Palivere_vallavalitsus, lk 12
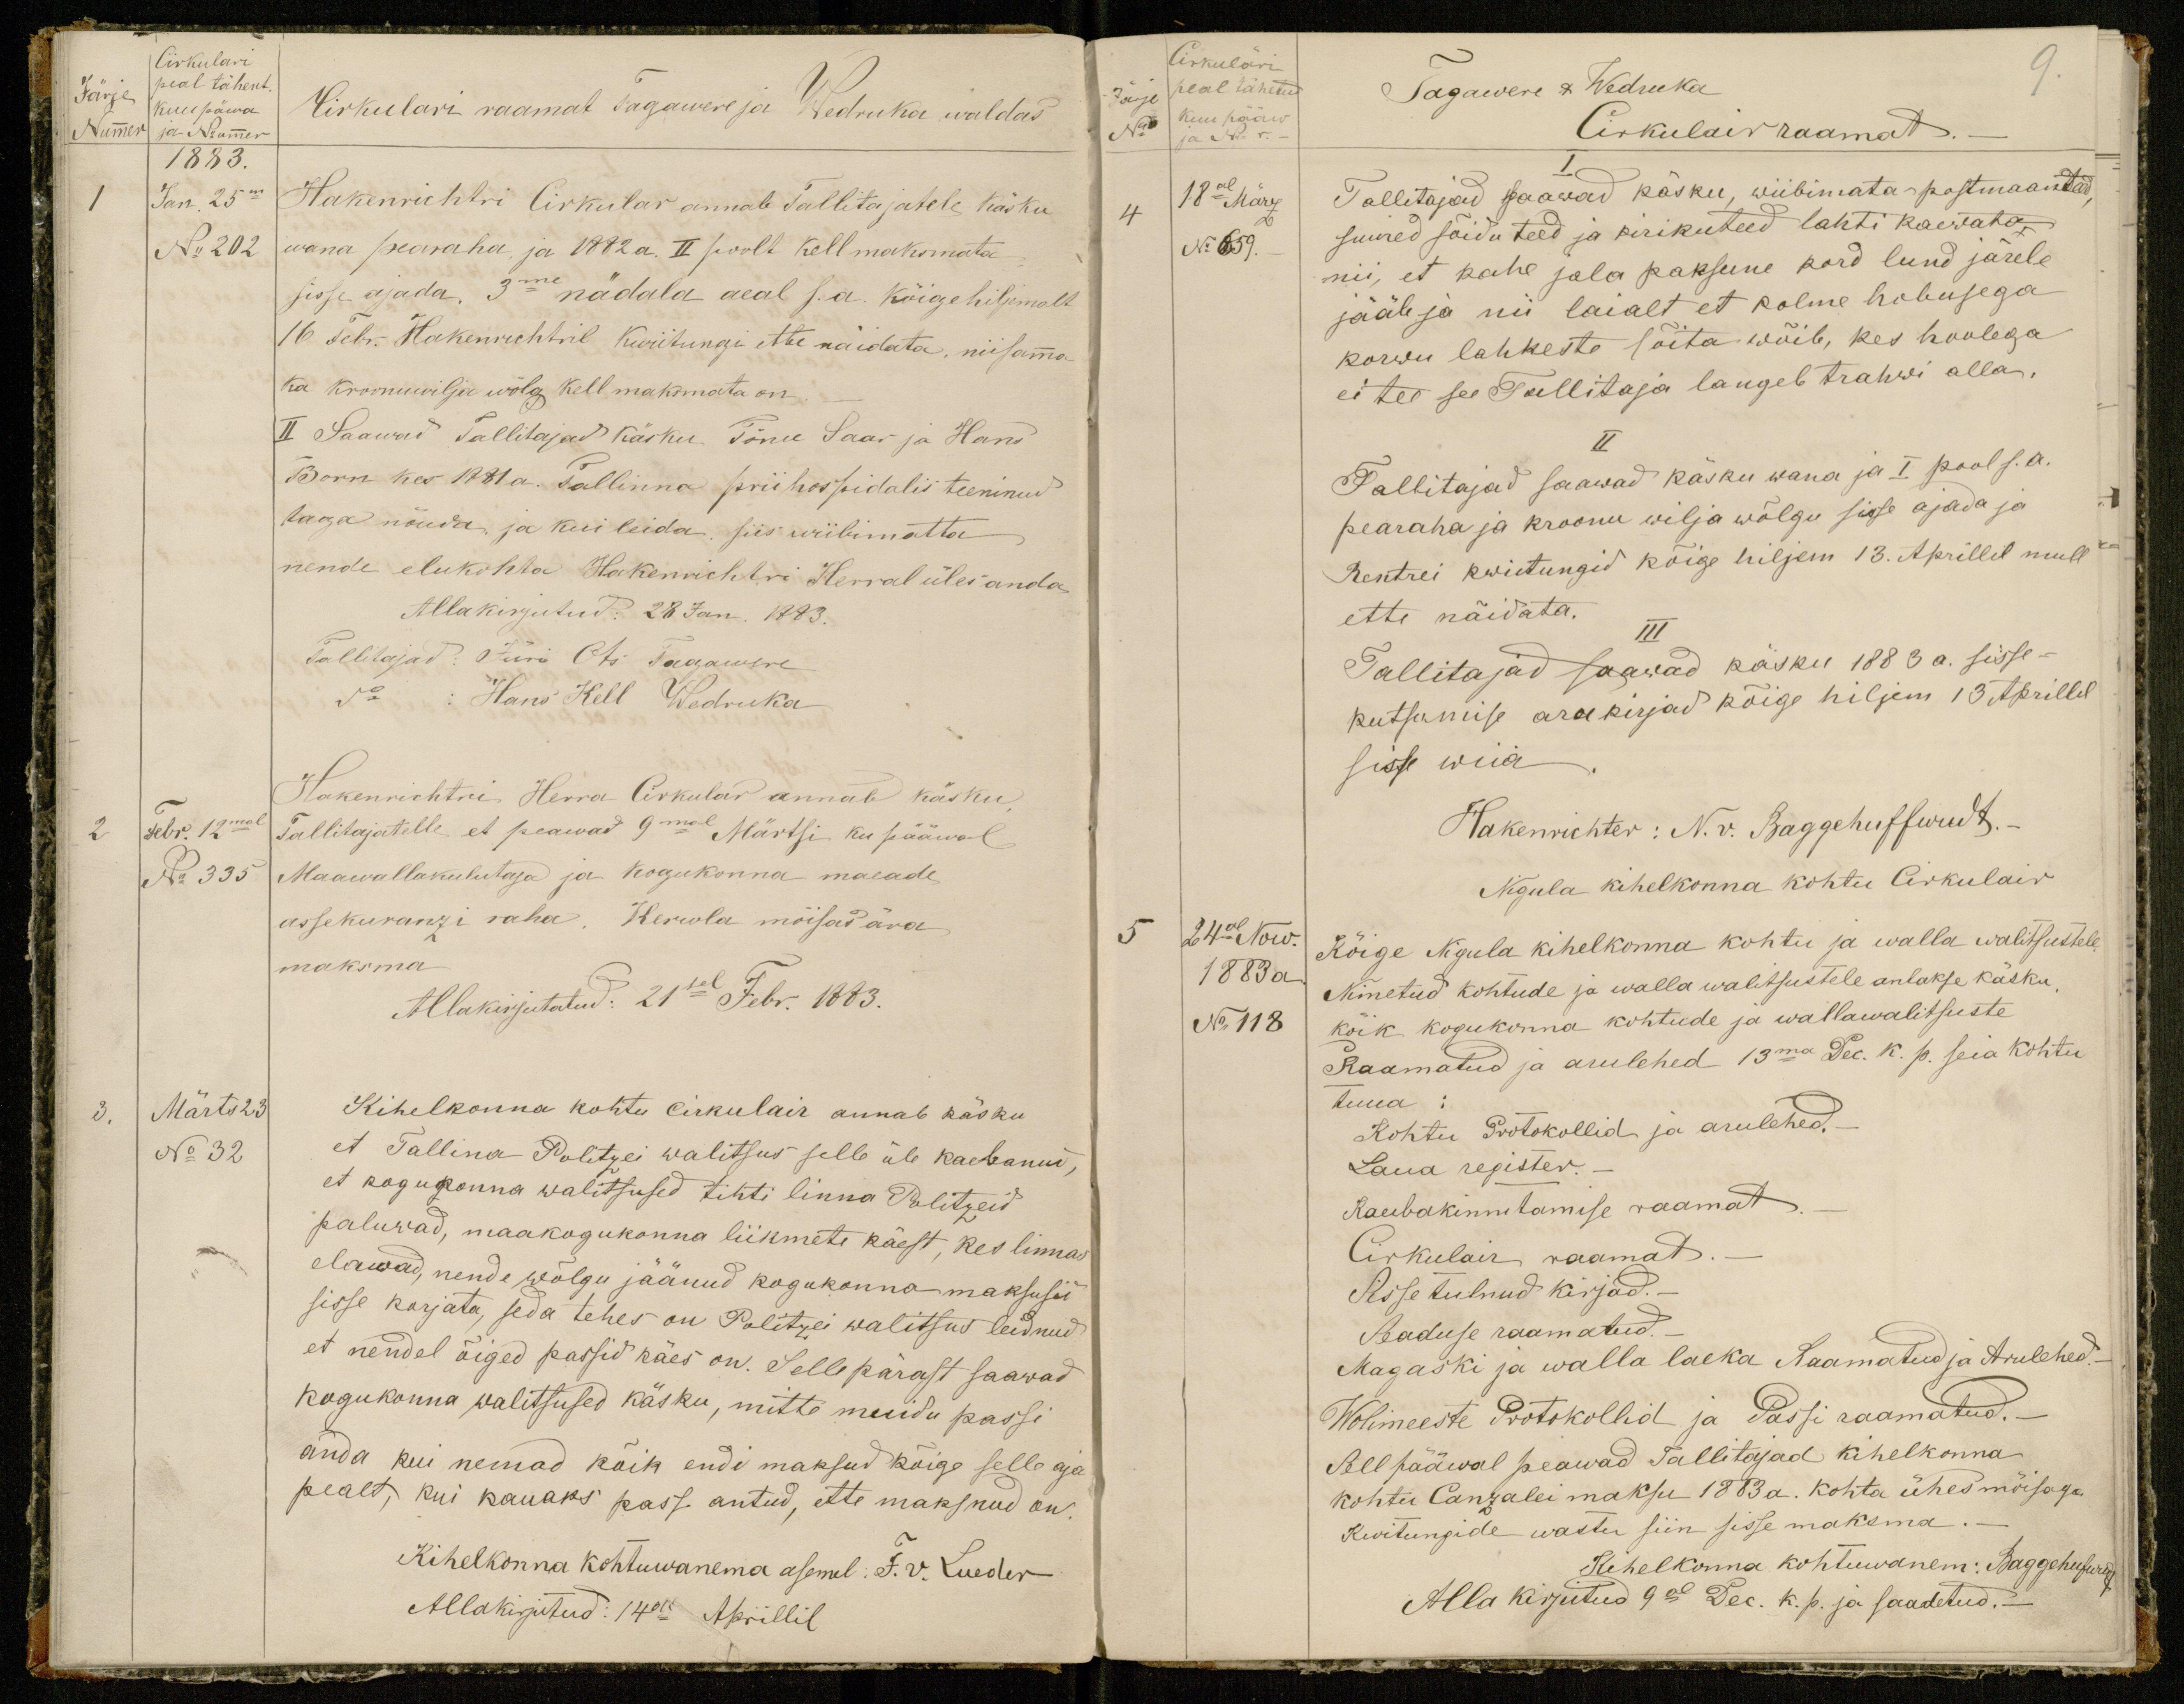
Cirkulari
Järje peal tähent.
Nummer
kuu päwa
ja Nummer
Cirkulari raamat Tagawere ja Wedruka waldas
1883.
Jan. 25m
N 202
Hakenrichtri Cirkular annab Tallitajatele käsku
wana pearaha ja 1882 a. II poolt Kell maksmata
sisse ajada, 3me nädala aeal s.a. kõige hiljemalt
16 Febr. Hakenrichtril Kwitungi ette näidata, niisama
ka kroonuvilja wölg kell maksmata on.
II Saawad Tallitajad käsku Tõnu Saar ja Hans
Born kes 1881a. Tallinna prii hospidalis teeninud
taga nõuda, ja kui leida, siis wiibimatta
nende elukohta Hakenrichtri Herral üles anda
Alla kirjutud: 28 Jan. 1883.
Tallitajad: Jüri Ots Tagawere
do: Hans Kell Wedruka
Hakenrichtri Herra Cirkular annab käsku,
2
Febr. 12mal
No 335
Tallitajatelle et peawad 9mal Märtsi ku pääwal
Maawallakulutaja ja kogukonna maeade
assekuranzi raha. Herwla mõisad ära
maksma.
Allakirjutatud: 21sel Febr. 1883.
3.
Märts 23
No 32
Kihelkonna kohtu Cirkulair annab käsku
et Tallina Politsei walitsus selle üle kaebanud,
et kogukonna walitsused tihti linna Politzeid
paluwad, maakogukonna liikmete käest, kes linnas
elawad, nende wõlgu jäänud kogukonna maksusid
sisse korjata, seda tehes on Politzei walitsus leidnud
et nendel õiged passid käes on. Selle pärast saawad
kogukonna walitsused käsku, mitte muidu passi
anda kui nemad kõik endi maksud kõige selle ajal
pealt, kui kauaks pass antud, ette maksnud on
Kihelkonna kohtuwanema asemel: F. V. Lueder
Allakirjutud: 14al Aprillil

Tagawere & Wedruka
9.
Cirkulair raamat.-
Tallitajad pääwad käsku, wiibimata postmaanted
4
No 659.
suured sõidu teed ja kirikuteed lahti kaewata
nii, et kahe jala paksune kord lund järele
jääb ja nii laialt et kolme hobusega
korwu lahkeste sõita wõib, kes hoolega
ei tee see Tallitaja langeb trahwi alla.
II
Tallitajad saawad käsku wana ja I pool s.a.
pearaha ja kroonu wilja wõlgu sisse ajada ja
Rentrei kwiitungid kõige hiljem 13. Aprillil mull
ette näidata.
III
Tallitajad saawad käsku 1883 a. sisse-
kutsumise ärakirjad kõige hiljem 13 Aprillil
sisse wiia.
Hakenrichter: N. v. Baggehuffwudt.
Nigula kihelkonna kohtu Cirkulair
5
24al Now.
1883 a
No 118.
Kõige Nigula kihelkonna kohtu ja walla walitsustele.
Nimetud kohtude ja walla walitsustele antakse käsku,
kõik kogukonna kohtude ja wallawalitsuste
Raamatud ja arulehed 13ma Dec k. p. seia kohtu
tuua:
Kohtu Protokollid ja arulehed.-
Laua register.-
Kaebakinnitamise raamat
Cirkulair raamat.
Sisse tulnud kirjad.
Seaduse raamatud.
Magaski ja walla laeka Raamatud ja Arulehed.
Wolimeeste Protokollid ja Passi raamatud.-
Sell pääwal peawad Tallitajad kihelkonna
kohtu Canzalei maksu 1883 a. kohta ühes mõisaga
Kwitungide wastu siin sisse maksma.-
Kihelkonna kohtuwanem: Baggehufwudt
Alla kirjutud 9al Dec. k. p. ja saadetud.-